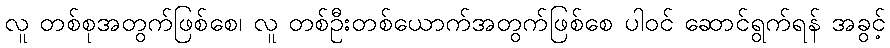
လူ တစ်စုအတွက်ဖြစ်စေ၊ လူ တစ်ဦးတစ်ယောက်အတွက်ဖြစ်စေ ပါဝင် ဆောင်ရွက်ရန် အခွင့်